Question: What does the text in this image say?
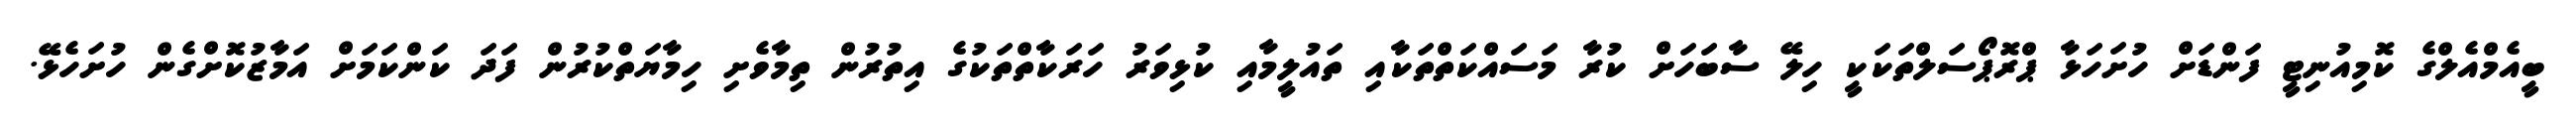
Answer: ބީއެމްއެލްގެ ކޮމިއުނިޓީ ފަންޑަށް ހުށަހަޅާ ޕްރޮޕޯސަލްތަކަކީ ހިލޭ ސާބަހަށް ކުރާ މަސައްކަތްތަކާއި ތައުލީމާއި ކުޅިވަރު ހަރަކާތްތަކުގެ އިތުރުން ތިމާވެށި ހިމާޔަތްކުރުން ފަދަ ކަންކަމަށް އަމާޒުކޮށްގެން ހުށަހެޅޭ.